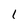
Character: 1